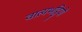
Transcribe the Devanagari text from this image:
वात्यभट्ठियों